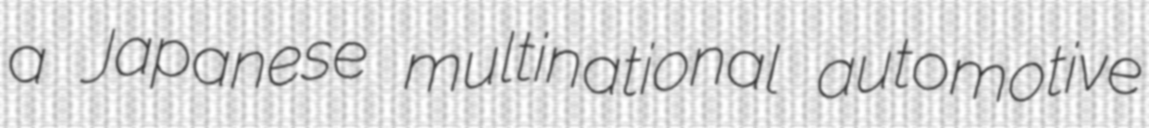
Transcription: a Japanese multinational automotive